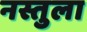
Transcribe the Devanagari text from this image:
नस्तुला